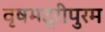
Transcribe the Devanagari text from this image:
वृषभद्रीपुरम